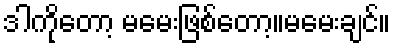
ဒါကိုတော့ မမေးဖြစ်တော့။မမေးချင်။